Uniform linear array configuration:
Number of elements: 48
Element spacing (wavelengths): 1
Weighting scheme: hamming
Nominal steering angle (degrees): -45
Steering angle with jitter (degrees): -46.914
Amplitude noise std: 0.05
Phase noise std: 0.05

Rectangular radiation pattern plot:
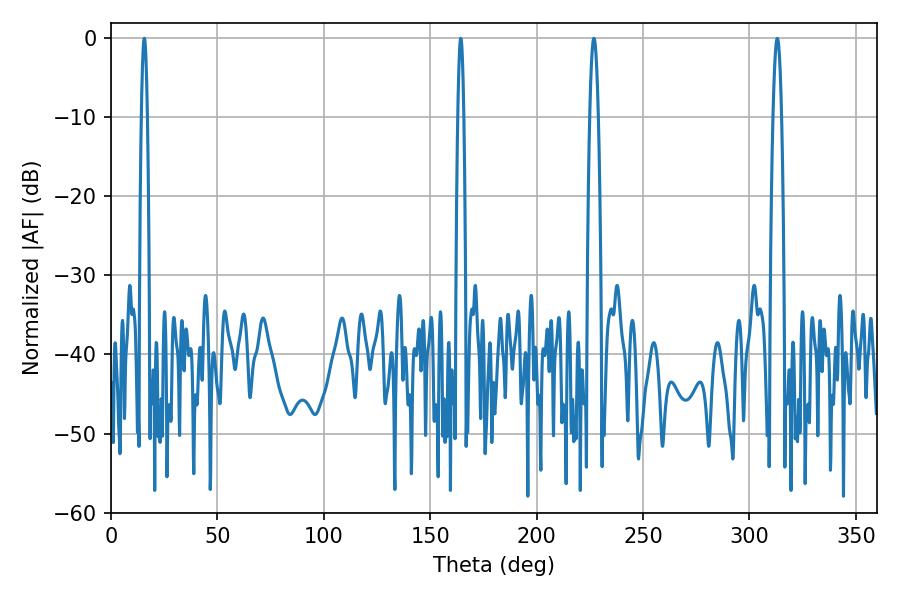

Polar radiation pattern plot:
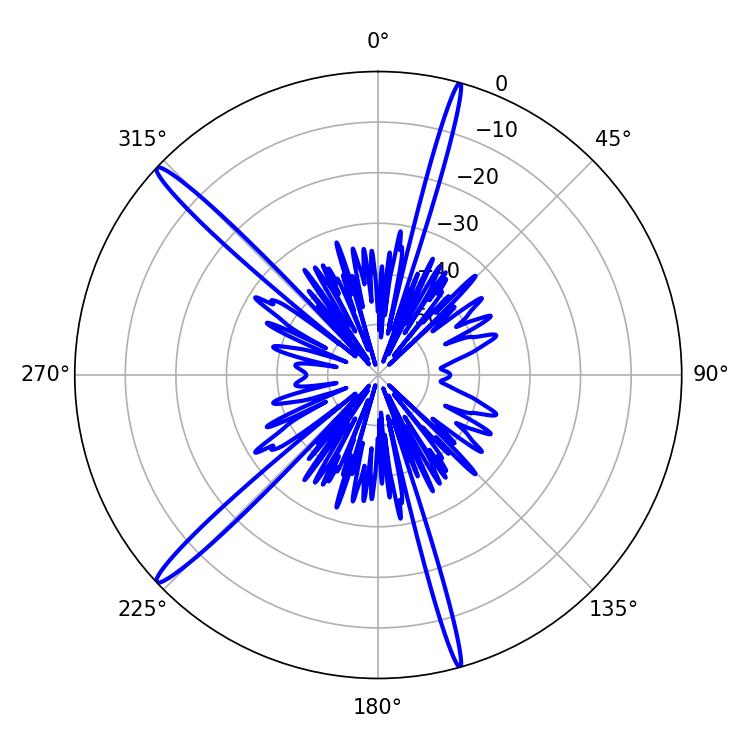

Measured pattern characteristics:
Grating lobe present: TRUE
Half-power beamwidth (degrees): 1.44
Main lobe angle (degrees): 164.34